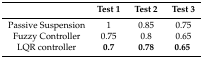
<table><thead><tr><td></td><td><b>Test 1</b></td><td><b>Test 2</b></td><td><b>Test 3</b></td></tr></thead><tbody><tr><td>Passive Suspension</td><td>1</td><td>0.85</td><td>0.75</td></tr><tr><td>Fuzzy Controller</td><td>0.75</td><td>0.8</td><td>0.65</td></tr><tr><td>LQR controller</td><td><b>0.7</b></td><td><b>0.78</b></td><td><b>0.65</b></td></tr></tbody></table>